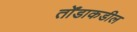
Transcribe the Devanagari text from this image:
तोँडाकडील